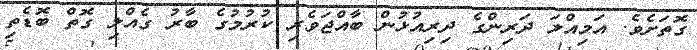
ގޮތަށެވެ. އަމިއްލަ ދަރިންގެ ދިރިއުޅުން ބާއްޖަވެރި ކުރުމުގެ ބާރު ގެއްލި ގޮތް ބޮޑެތި